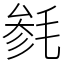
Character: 毵